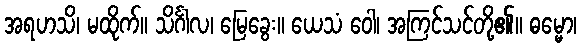
အရဟသိ၊ မထိုက်။ သိင်္ဂါလ၊ မြေခွေး။ ယေသံ ဝေါ၊ အကြင်သင်တို့၏။ ဓမ္မော၊